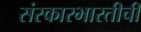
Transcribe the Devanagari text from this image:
संस्कारभारतीची